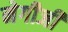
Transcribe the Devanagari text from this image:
नेगीजी